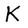
Character: K